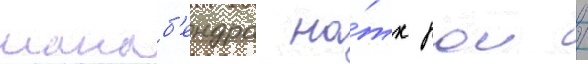
манаб'ендра на́тх рои /